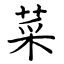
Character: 菜